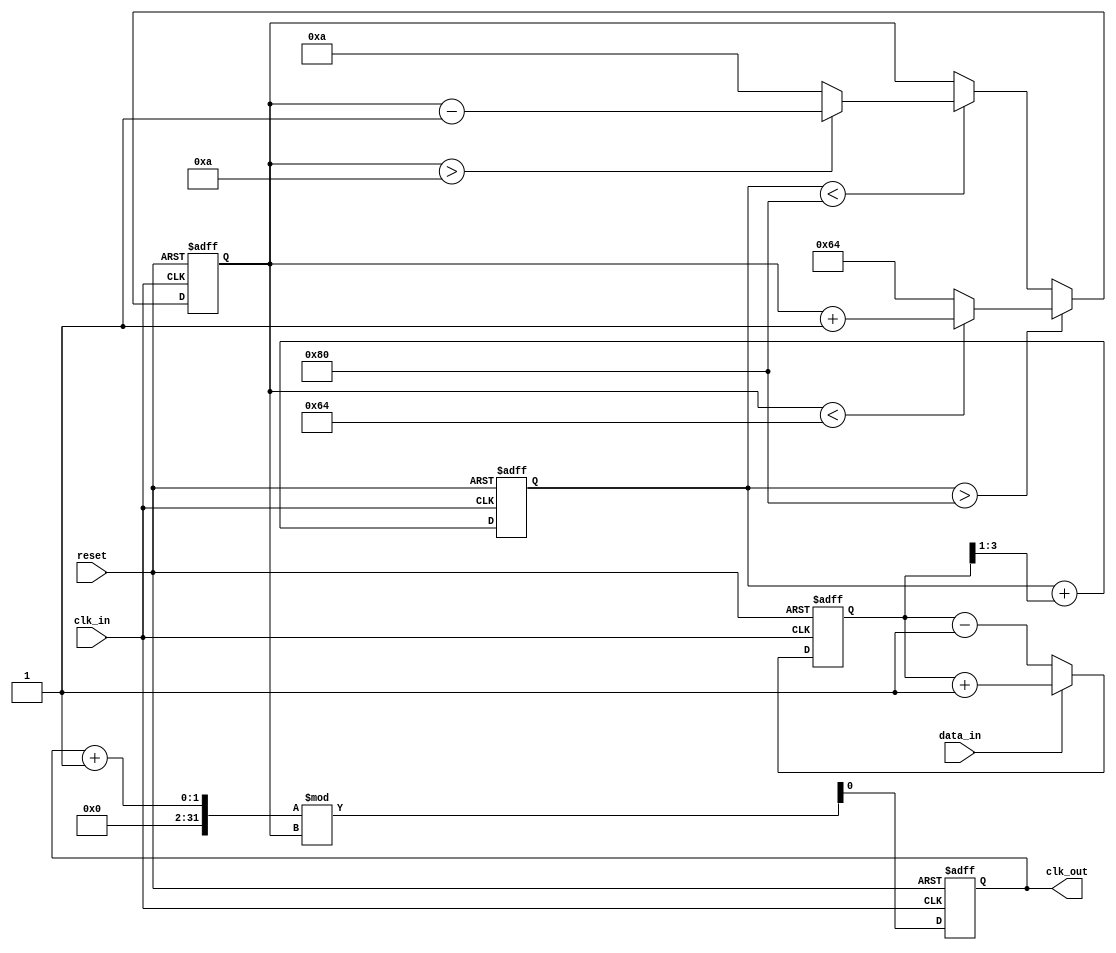
module clock_recovery_pll (
    input wire clk_in,          // Incoming data clock
    input wire data_in,         // Incoming data signal
    input wire reset,           // Reset signal
    output reg clk_out          // Output clock signal
);

// Parameters
parameter PHASE_DETECTOR_WIDTH = 4; // Width of phase detector output
parameter LOOP_FILTER_WIDTH = 8;     // Width of loop filter output
parameter VCO_MAX_FREQ = 100;        // Max frequency for VCO
parameter VCO_MIN_FREQ = 10;         // Min frequency for VCO

// Internal signals
reg [PHASE_DETECTOR_WIDTH-1:0] phase_error; // Phase error signal
reg [LOOP_FILTER_WIDTH-1:0] control_voltage; // Control voltage for VCO
reg [7:0] vco_freq;                       // VCO frequency
reg [7:0] memory_block [0:15];            // Memory blocks for timing info
integer mem_index;                         // Memory index

// Phase Detector
always @(posedge clk_in or posedge reset) begin
    if (reset) begin
        phase_error <= 0;
    end else begin
        // Simple phase detection logic (example)
        if (data_in) begin
            phase_error <= phase_error + 1; // Increment if data is high
        end else begin
            phase_error <= phase_error - 1; // Decrement if data is low
        end
    end
end

// Loop Filter
always @(posedge clk_in or posedge reset) begin
    if (reset) begin
        control_voltage <= 0;
    end else begin
        // Simple low-pass filter (example)
        control_voltage <= control_voltage + (phase_error >> 1); // Adjust control voltage
    end
end

// Voltage-Controlled Oscillator (VCO)
always @(posedge clk_in or posedge reset) begin
    if (reset) begin
        vco_freq <= VCO_MIN_FREQ; // Start at minimum frequency
    end else begin
        // Adjust VCO frequency based on control voltage
        if (control_voltage > 128) begin
            vco_freq <= (vco_freq < VCO_MAX_FREQ) ? vco_freq + 1 : VCO_MAX_FREQ;
        end else if (control_voltage < 128) begin
            vco_freq <= (vco_freq > VCO_MIN_FREQ) ? vco_freq - 1 : VCO_MIN_FREQ;
        end
    end
end

// Output Clock Generation
always @(posedge clk_in or posedge reset) begin
    if (reset) begin
        clk_out <= 0;
    end else begin
        // Generate output clock based on VCO frequency
        clk_out <= (clk_out + 1) % vco_freq; // Simple clock divider for output
    end
end

// Memory Block for Timing Information
always @(posedge clk_in or posedge reset) begin
    if (reset) begin
        mem_index <= 0;
    end else begin
        // Store phase information in memory blocks
        memory_block[mem_index] <= phase_error;
        mem_index <= (mem_index + 1) % 16; // Circular buffer
    end
end

endmodule